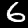
Digit: 6